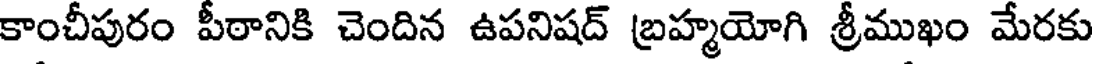
కాంచీపురం పీఠానికి చెందిన ఉపనిషద్ బ్రహ్మయోగి శ్రీముఖం మేరకు